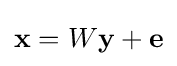
\mathbf {x} =W\mathbf {y} +\mathbf {e}